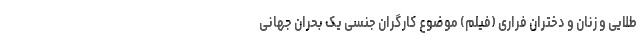
طلایی و زنان و دختران فراری (فیلم) موضوع کارگران جنسی یک بحران جهانی